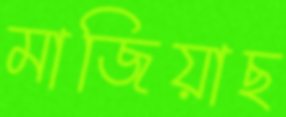
মাজিয়াছ